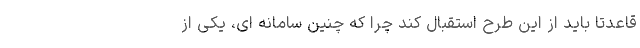
قاعدتاً باید از این طرح استقبال کند چرا که چنین سامانه ای، یکی از